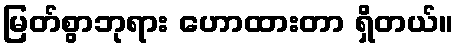
မြတ်စွာဘုရား ဟောထားတာ ရှိတယ်။